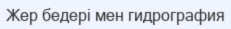
Жер бедері мен гидрография